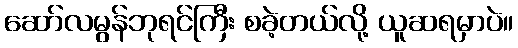
ဆော်လမွန်ဘုရင်ကြီး စခဲ့တယ်လို့ ယူဆရမှာပဲ။